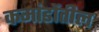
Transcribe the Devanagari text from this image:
कमांडोंतील